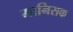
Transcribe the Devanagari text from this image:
मानिसक